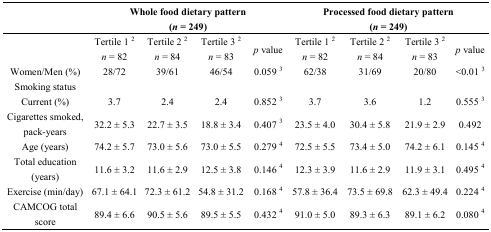
<table><thead><tr><td rowspan="2"></td><td colspan="4"><b>Whole food dietary pattern</b></td><td colspan="4"><b>Processed food dietary pattern</b></td></tr><tr><td colspan="4"><b>(<i>n</i> = 249)</b></td><td colspan="4"><b>(<i>n</i> = 249)</b></td></tr></thead><tbody><tr><td rowspan="2"></td><td>Tertile 1 <sup>2</sup></td><td>Tertile 2 <sup>2</sup></td><td>Tertile 3 <sup>2</sup></td><td rowspan="2"><i>p</i> value</td><td>Tertile 1 <sup>2</sup></td><td>Tertile 2 <sup>2</sup></td><td>Tertile 3 <sup>2</sup></td><td rowspan="2"><i>p</i> value</td></tr><tr><td><i>n</i> = 82</td><td><i>n</i> = 84</td><td><i>n</i> = 83</td><td><i>n</i> = 82</td><td><i>n</i> = 84</td><td><i>n</i> = 83</td></tr><tr><td>Women/Men (%)</td><td>28/72 </td><td>39/61</td><td>46/54</td><td>0.059 <sup>3</sup></td><td>62/38</td><td>31/69</td><td>20/80</td><td>&lt;0.01 <sup>3</sup></td></tr><tr><td>Smoking status </td><td></td><td></td><td></td><td></td><td></td><td></td><td></td><td></td></tr><tr><td>Current (%)</td><td>3.7</td><td>2.4</td><td>2.4</td><td>0.852 <sup>3</sup></td><td>3.7</td><td>3.6</td><td>1.2</td><td>0.555 <sup>3</sup></td></tr><tr><td>Cigarettes smoked, pack-years</td><td>32.2 ± 5.3</td><td>22.7 ± 3.5</td><td>18.8 ± 3.4</td><td>0.407 <sup>3</sup></td><td>23.5 ± 4.0</td><td>30.4 ± 5.8</td><td>21.9 ± 2.9</td><td>0.492</td></tr><tr><td>Age (years)</td><td>74.2 ± 5.7</td><td>73.0 ± 5.6</td><td>73.0 ± 5.5</td><td>0.279 <sup>4</sup></td><td>72.5 ± 5.5</td><td>73.4 ± 5.0</td><td>74.2 ± 6.1</td><td>0.145 <sup>4</sup></td></tr><tr><td>Total education (years)</td><td>11.6 ± 3.2</td><td>11.6 ± 2.9</td><td>12.5 ± 3.8</td><td>0.146 <sup>4</sup></td><td>12.3 ± 3.9</td><td>11.6 ± 2.9</td><td>11.9 ± 3.1</td><td>0.495 <sup>4</sup></td></tr><tr><td>Exercise (min/day)</td><td>67.1 ± 64.1</td><td>72.3 ± 61.2</td><td>54.8 ± 31.2</td><td>0.168 <sup>4</sup></td><td>57.8 ± 36.4</td><td>73.5 ± 69.8</td><td>62.3 ± 49.4</td><td>0.224 <sup>4</sup></td></tr><tr><td>CAMCOG total score</td><td>89.4 ± 6.6</td><td>90.5 ± 5.6</td><td>89.5 ± 5.5</td><td>0.432 <sup>4</sup></td><td>91.0 ± 5.0</td><td>89.3 ± 6.3</td><td>89.1 ± 6.2</td><td>0.080 <sup>4</sup></td></tr></tbody></table>